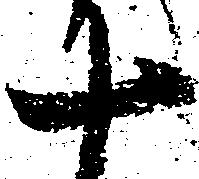
十